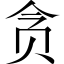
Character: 贪